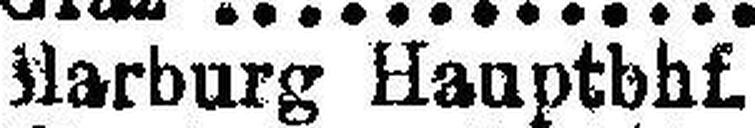
Marburg Hauptbhf.